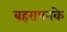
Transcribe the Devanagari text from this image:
बहरापनके